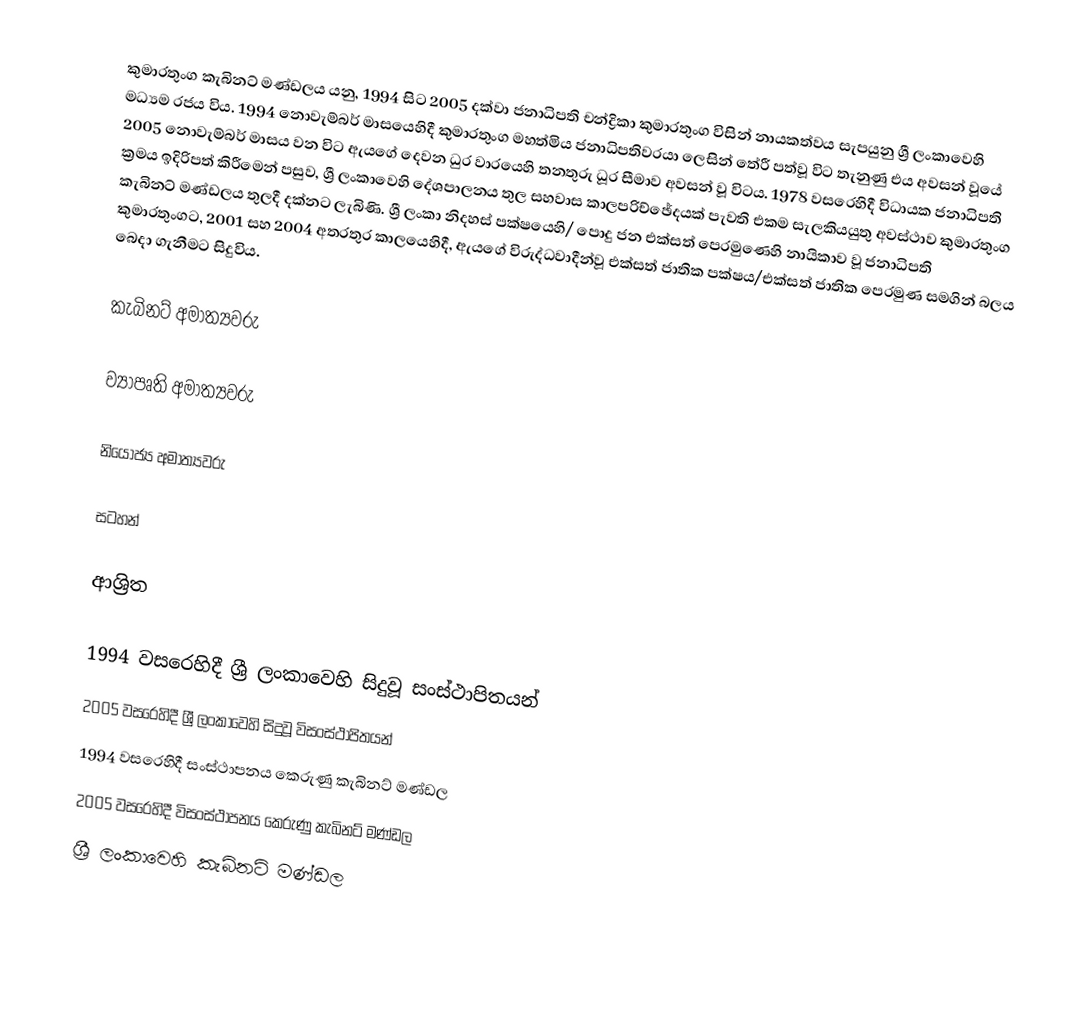
කුමාරතුංග කැබිනට් මණ්ඩලය යනු, 1994 සිට 2005 දක්වා  ජනාධිපති චන්ද්‍රිකා කුමාරතුංග විසින් නායකත්වය සැපයුනු ශ්‍රී ලංකාවෙහි මධ්‍යම රජය විය. 1994 නොවැම්බර් මාසයෙහිදී කුමාරතුංග මහත්මිය  ජනාධිපතිවරයා ලෙසින් තේරී පත්වූ විට තැනුණු එය අවසන් වූයේ 2005 නොවැම්බර් මාසය වන විට ඇයගේ  දෙවන ධුර වාරයෙහි තනතුරු ධූර සීමාව අවසන් වූ විටය. 1978 වසරෙහිදී විධායක ජනාධිපති ක්‍රමය ඉදිරිපත් කිරීමෙන් පසුව, ශ්‍රී ලංකාවෙහි දේශපාලනය තුල සහවාස කාලපරිච්ඡේදයක් පැවති   එකම සැලකියයුතු අවස්ථාව කුමාරතුංග කැබිනට් මණ්ඩලය තුලදී දක්නට ලැබිණි. ශ්‍රී ලංකා නිදහස් පක්ෂයෙහි/ පොදු ජන එක්සත් පෙරමුණෙහි නායිකාව වූ ජනාධිපති කුමාරතුංගට, 2001 සහ 2004 අතරතුර කාලයෙහිදී, ඇයගේ විරුද්ධවාදීන්වූ  එක්සත් ජාතික පක්ෂය/එක්සත් ජාතික පෙරමුණ සමගින් බලය බෙදා ගැනීමට සිදුවිය.

කැබිනට් අමාත්‍යවරු

ව්‍යාපෘති අමාත්‍යවරු

නියෝජ්‍ය අමාත්‍යවරු

සටහන්

ආශ්‍රිත

1994 වසරෙහිදී ශ්‍රී ලංකාවෙහි සිදුවූ සංස්ථාපිතයන්
2005 වසරෙහිදී ශ්‍රී ලංකාවෙහි සිදුවූ විසංස්ථාපිතයන්
1994 වසරෙහිදී සංස්ථාපනය කෙරුණු කැබිනට් මණ්ඩල
2005 වසරෙහිදී විසංස්ථාපනය කෙරුණු කැබිනට් මණ්ඩල
ශ්‍රී ලංකාවෙහි කැබිනට් මණ්ඩල